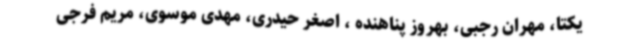
یکتا، مهران رجبی، بهروز پناهنده ، اصغر حیدری، مهدی موسوی، مریم فرجی